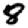
Digit: 8